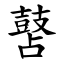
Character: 䵿